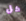
كل